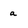
Character: a